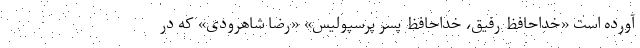
آورده است «خداحافظ رفیق، خداحافظ پسر پرسپولیس» «رضا شاهرودی» که در